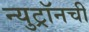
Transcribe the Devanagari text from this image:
न्युट्रॉनची